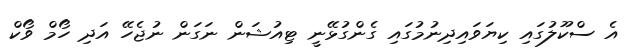
އެ ސްކޫލުގައި ކިޔަވައިދިނުމުގައި ގެންގުޅޭނީ ޓިއުޝަން ނަގަން ނުޖެހޭ އަދި ހޯމް ވޯކް